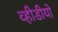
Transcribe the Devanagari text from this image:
व्हीडीयो